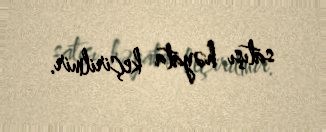
satışı həyata keçirilmir.